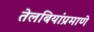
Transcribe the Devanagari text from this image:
तेलबियांप्रमाणे